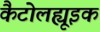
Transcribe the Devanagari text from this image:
कैटोलह्यूइक